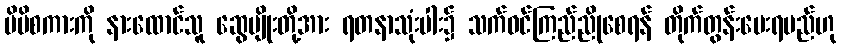
မိမိစကားကို နားထောင်သူ ဆွေမျိုးတို့အား ရတနာသုံးပါး၌ သက်ဝင်ကြည်ညိုစေရန် တိုက်တွန်းပေးရမည်ဟု